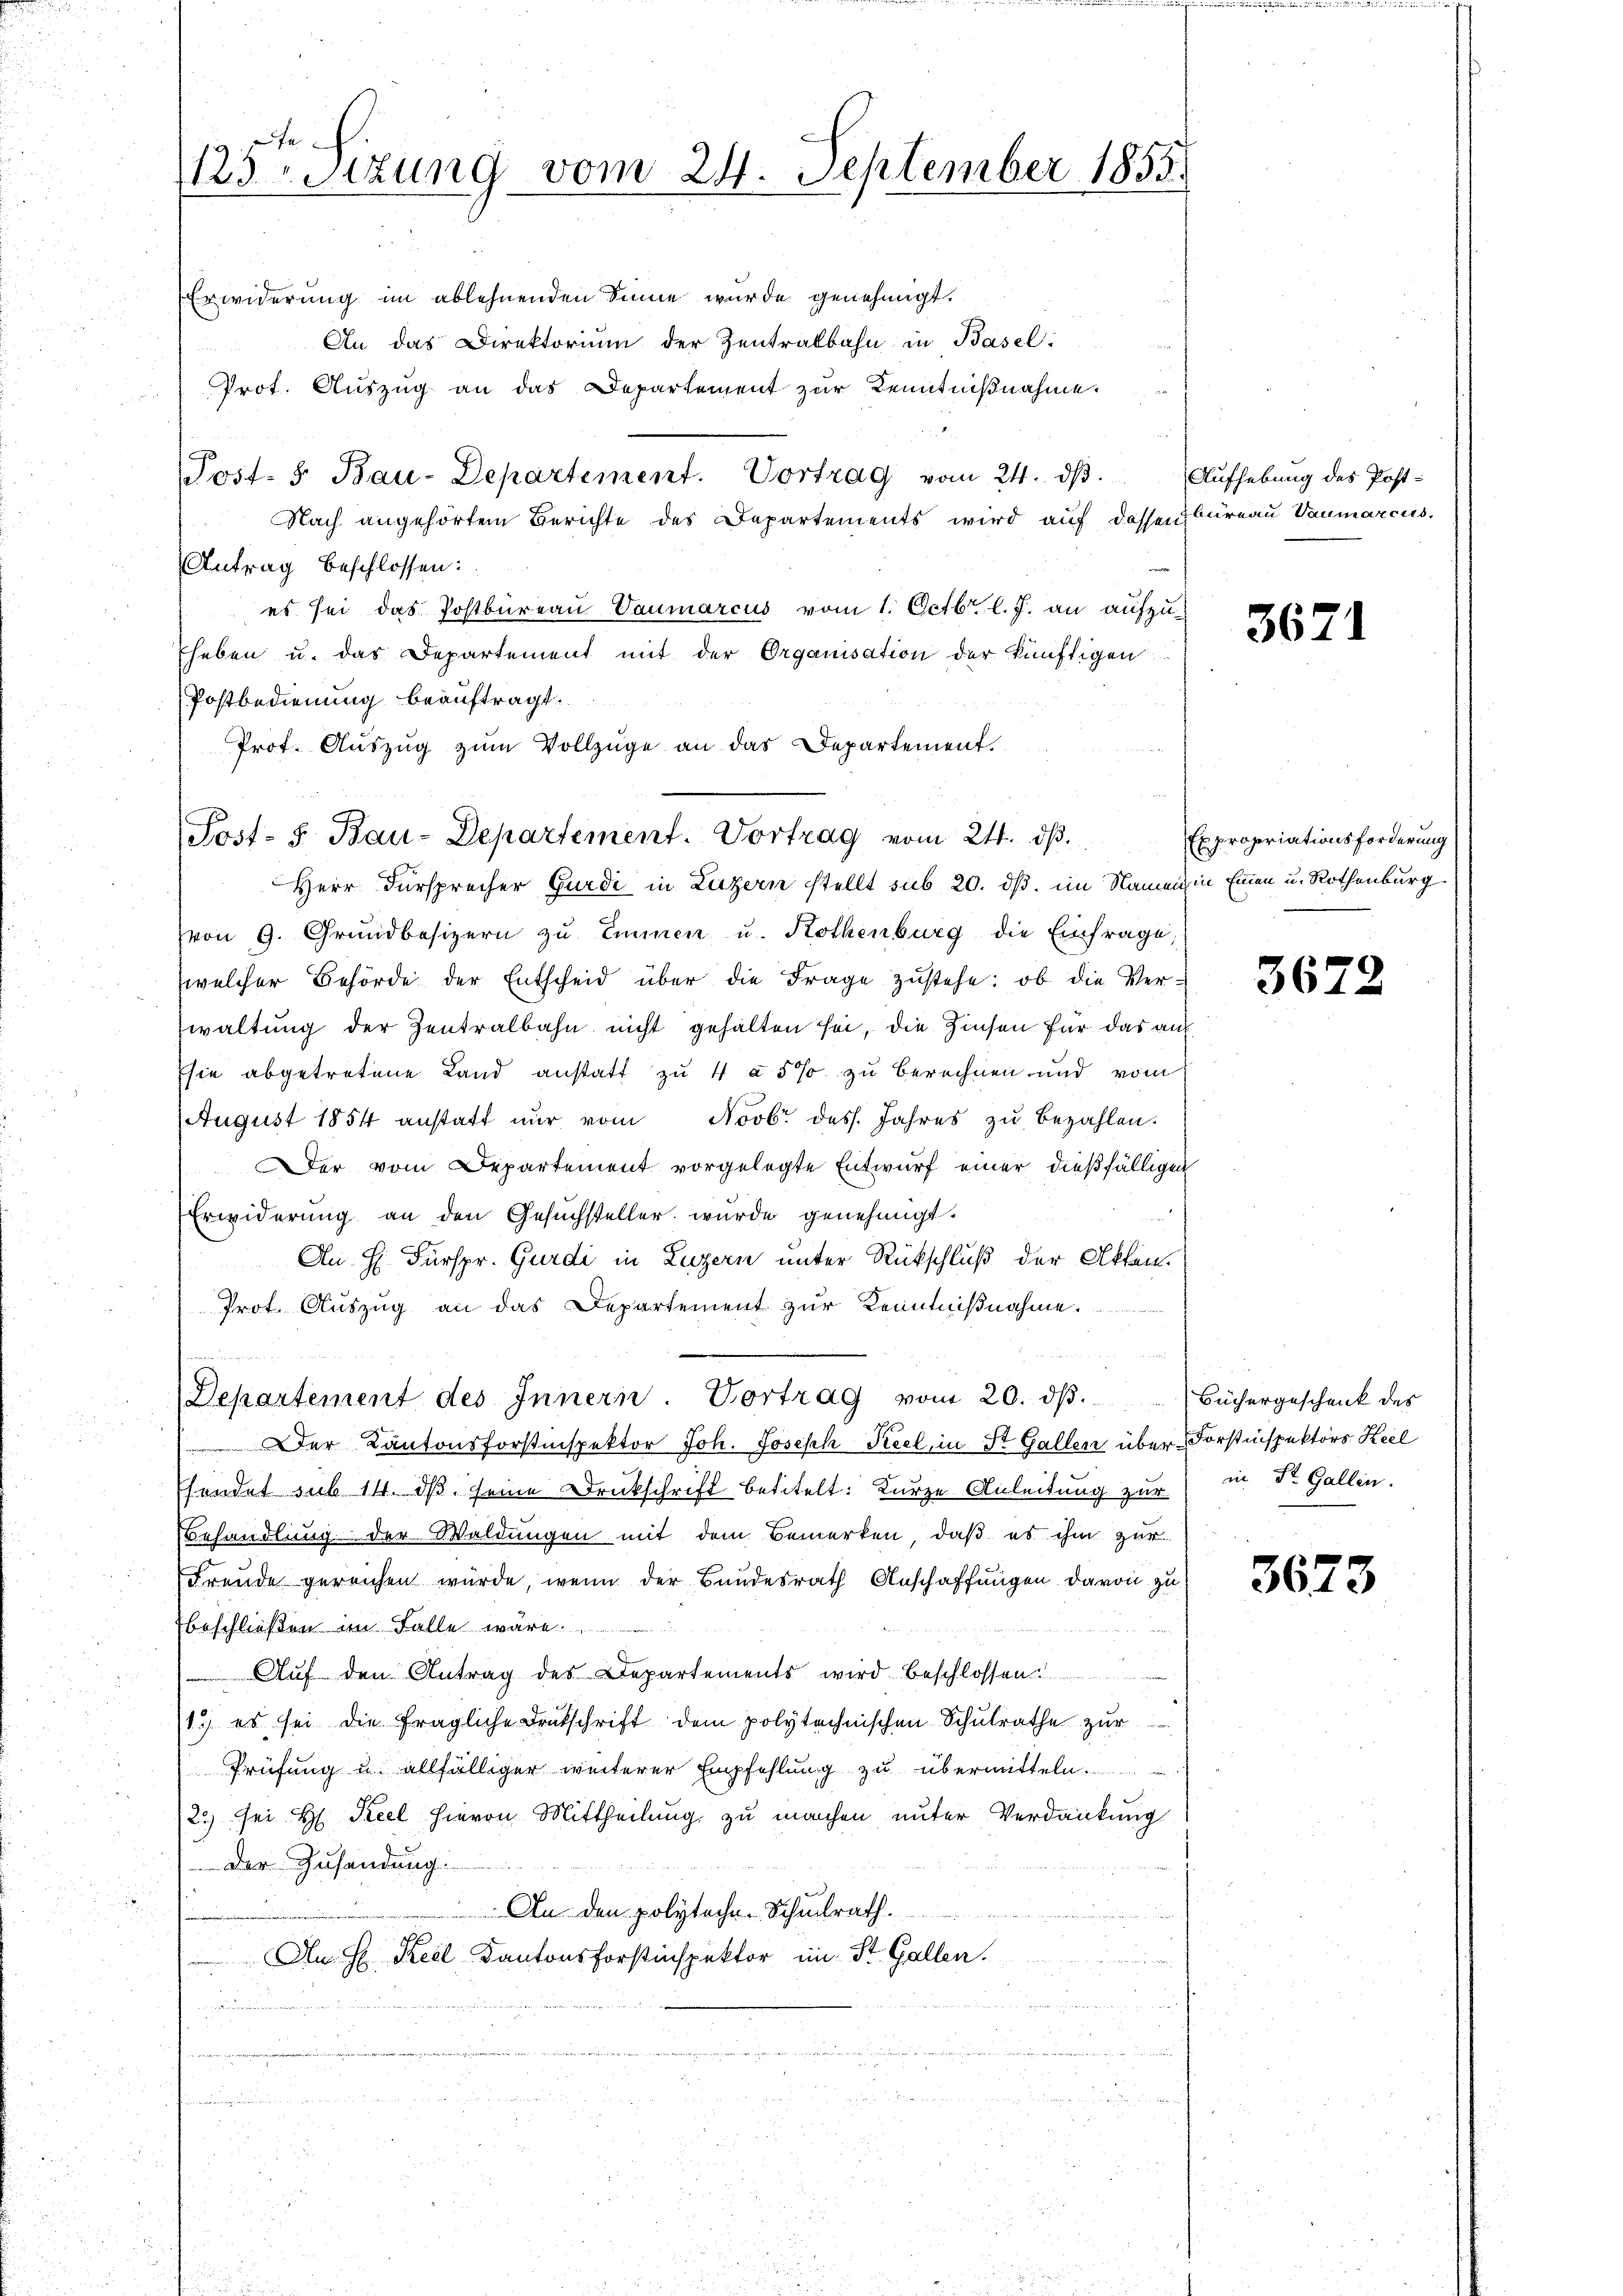
123 Setzung vom 24. September 1858.

Erwiderung im ablehnenden Sinne wurde genehmigt.
An das Direktoriŭm der Zentralbahn in Basel:
Prot. Auszug an das Departement zur Kenntnißnahme.
Post- 5. Bau-Departement. Vortrag vom 24. dβ.
Nach angehörtem Berichte des Departements wird auf dassen Büreau Vaumarcus.
Antrag beschlossen:
e
es sei das Postbureau Vaumarcus vom 1. Octbr. l. J. an aufzuheben u. das Departement mit der Organisation der künftigen
Postbedienung beauftragt.
Prot. Aŭszŭg zŭm Vollzüge an das Departement.
Herr Fürsprecher Gurdi in Luzern stellt sub 20. dß. im Namen in Einen u. Rothenburg.
von 9. Grundbesizern zu Emmen u. Kothenburg die Einfrage,
welcher Behörde der Entscheid über die Frage zustehe: ob die Verwaltung der Zentralbahn nicht gehalten sei, die Zinsen für das auf
sie abgetretene Land anstatt zu 4 à 5% zu berechnen und vom
August 1854 anstatt nur vom Novbr. des Jahres zu bezahlen.
Der vom Departement vorgelegte Entwurf einer dießfälligen
Erwiderung an den Gesuchsteller wurde genehmigt.
Au H. Fürspr. Gurdi in Luzern unter Rückschluß der Akten.
Prot. Auszug an das Departement zur Kenntnißnahme
Departement des Innern Vortrag vom 20. dβ. Büchergeschenk des
Der Kantonsforstinspektor Joh. Joseph Keel, in St. Gallen über Forstinspektors Keel
hendet sub 14. dβ seine Druckschrift betitelt: Kurze Anleitung zur in Dr. Gallen.
Behandlung der Waldungen mit dem Bemerken, daß es ihm zur
Freude gereichen würde, wenn der Bundesrath Anschaffungen davon zu
beschließen im Falle wäre.
Auf den Antrag des Departements wird beschlossen
1.) es sei die fragliche Deutschrift dem polytechnischen Schŭlrathe zur
Prüfung u. allfälliger weiterer Empfehlung zu übermitteln.
2) sei H. Keel hievon Mittheilung zu machen unter Verdankung
Der Zusendung:
An den polytechen Schulrath.
An H. Keel Kantonsforstinspektor im St. Gallen.
u

Post- 8. Bau-Departement. Vortrag vom 24. dβ.

Aufhebung des Post¬

3671

Expropriationsforderung

3672

3673